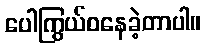
ပေါကြွယ်ဝနေခဲ့တာပါ။